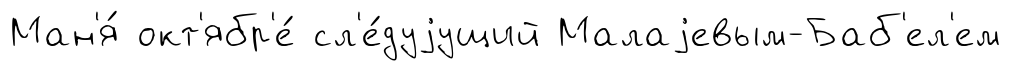
Ман'я́ окт'ябр'е́ сл'е́дуjущий Малаjевым-Баб'ел'ем